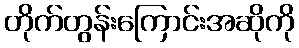
တိုက်တွန်းကြောင်းအဆိုကို